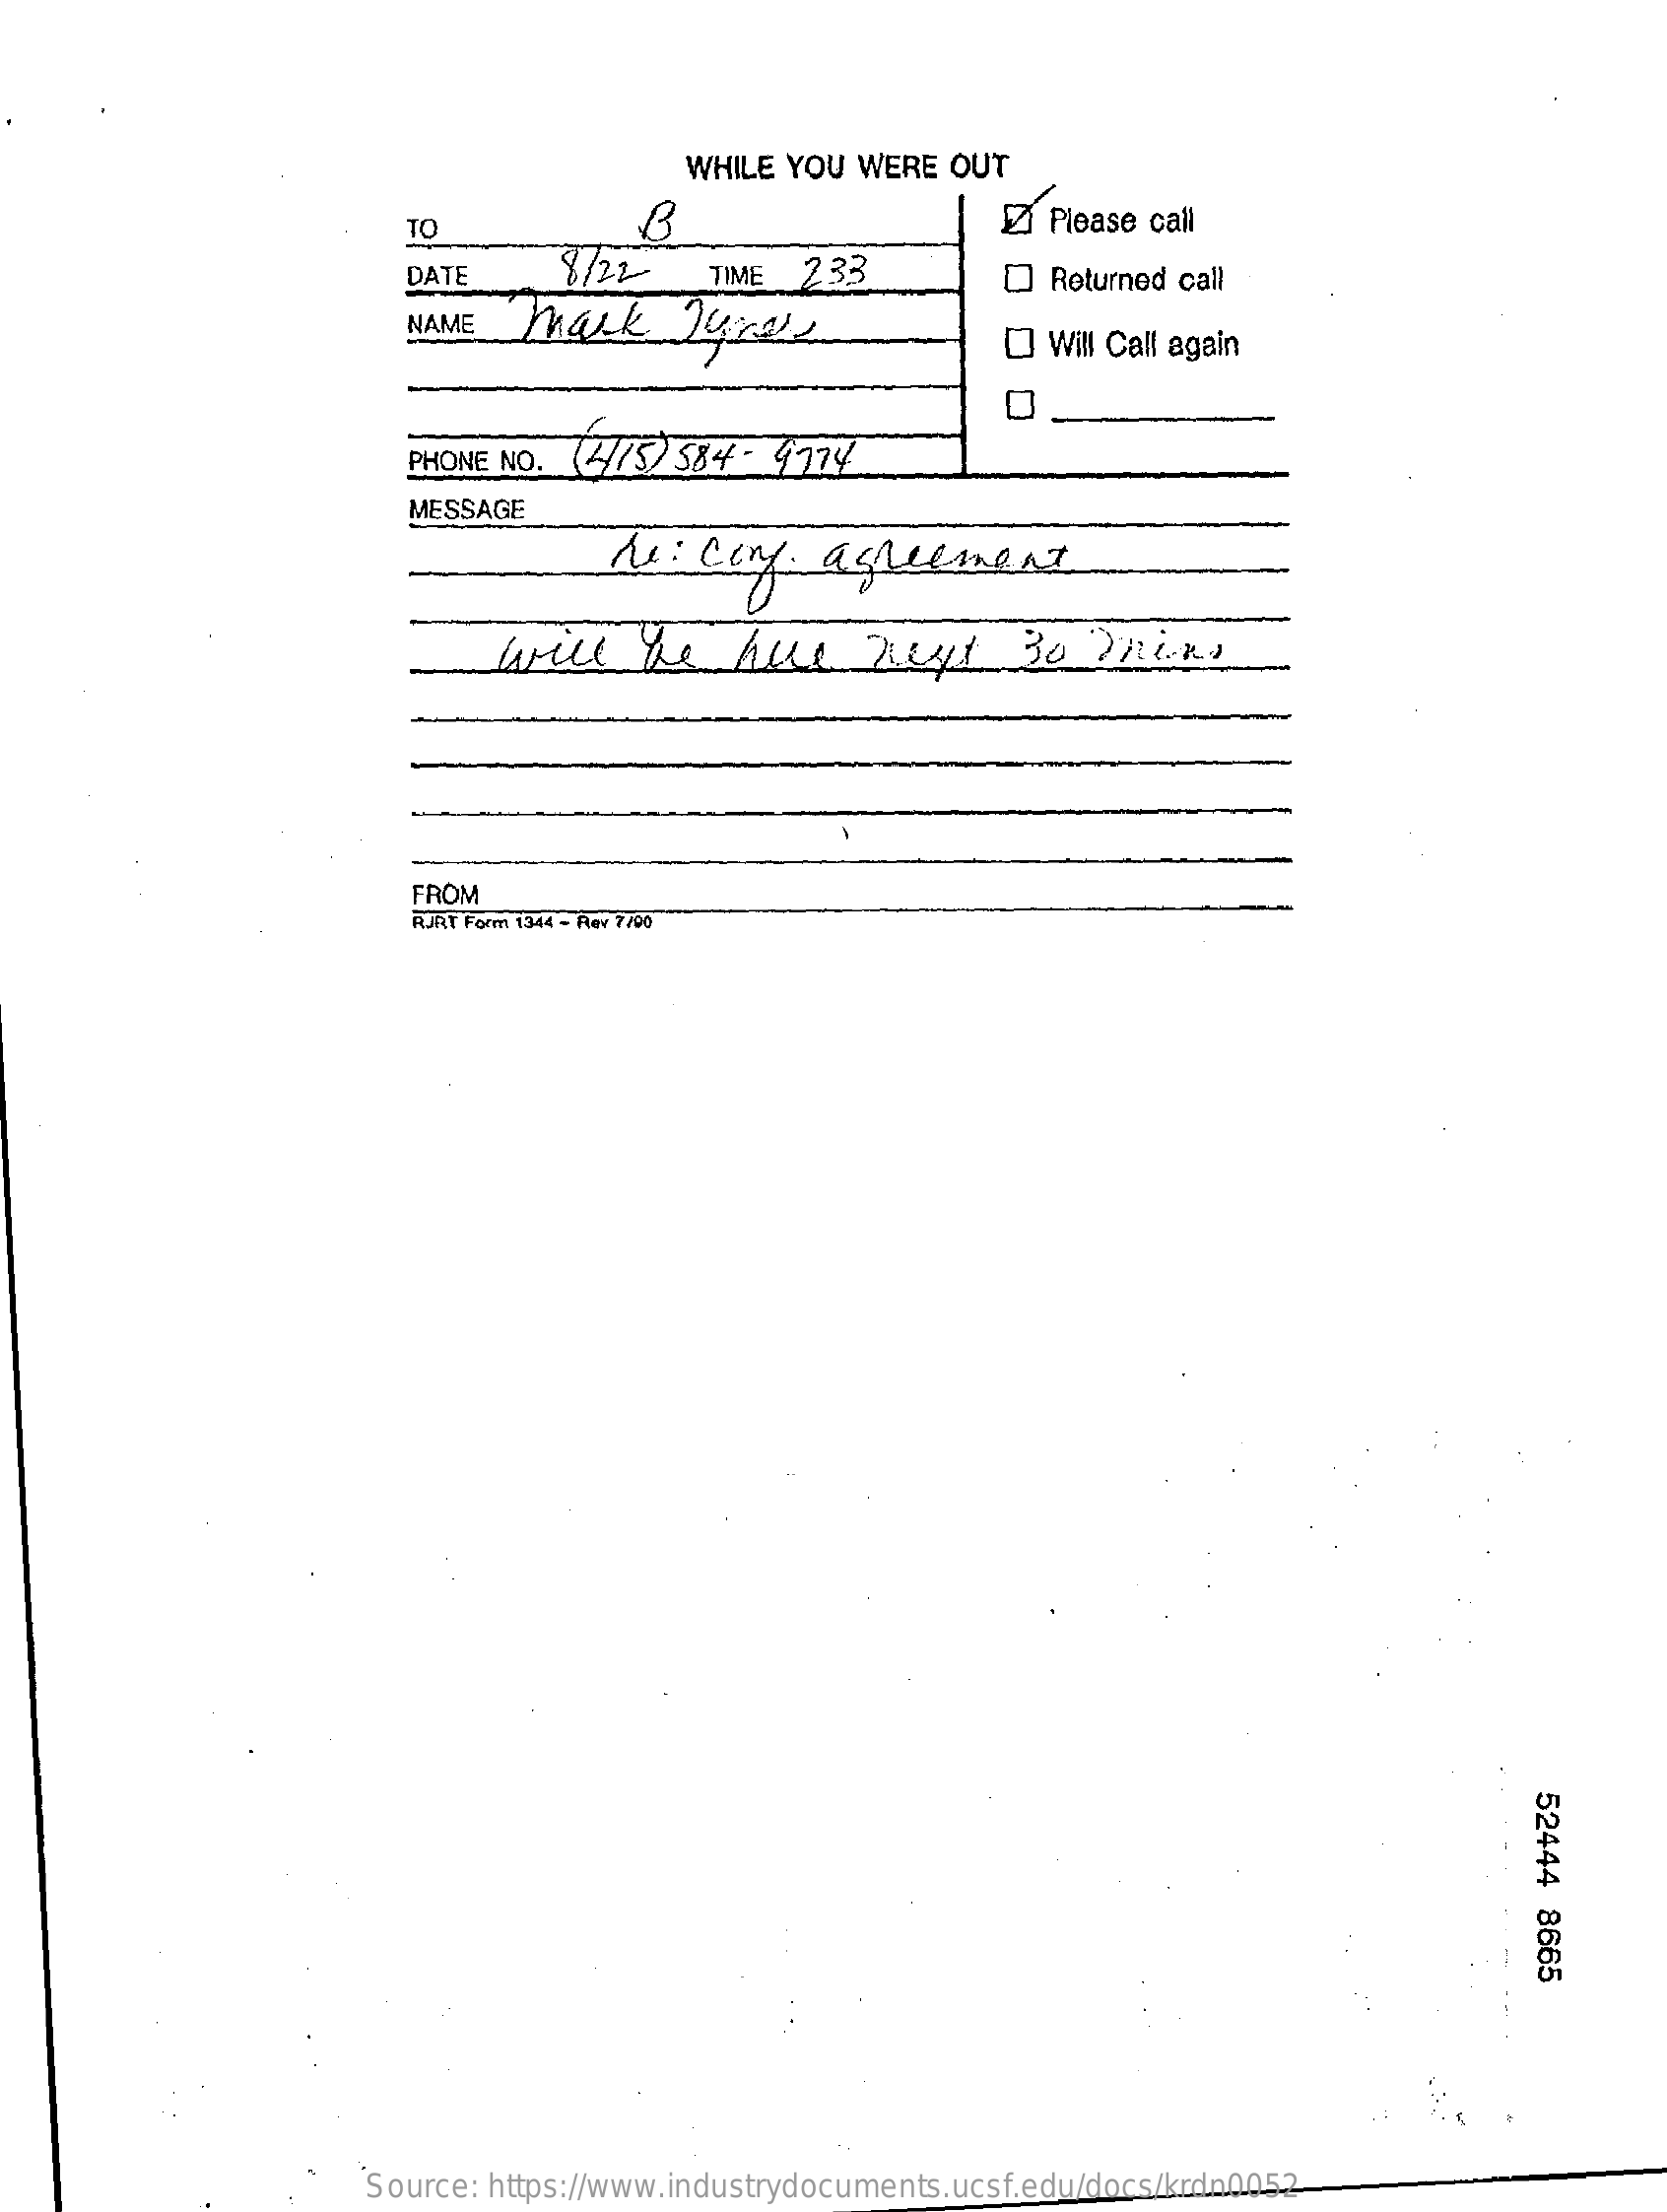
WHILE YOU WERE  OUT
     TO    Z Please call
     DATE    8/22    TIME  233
     NAME   mark    Tras
     Returned call
     Will Call again
     ( 4/5 ) 584 - 9774 PHONE NO.
     MESSAGE
     Me:  conf.   agreement
     will    be    hus    keyt    30  Tons
     FROM
     RJRT Form 1344 - Rev 7700
     52444
     8665
     Source: https://www.industrydocuments.ucsf.edu/docs/krdn0052